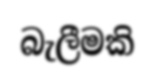
බැලීමකි